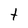
Character: t